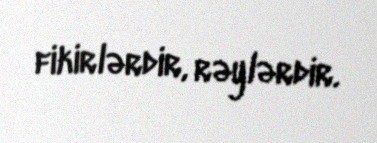
fikirlərdir, rəylərdir.